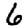
Digit: 6